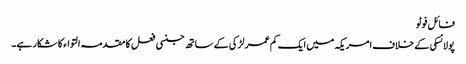
فائل فوٹو
پولانسکی کے خلاف امریکہ میں ایک کم عمر لڑکی کے ساتھ جنسی فعل کا مقدمہ التواء کا شکار ہے۔